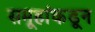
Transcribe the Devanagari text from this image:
समूहांकडून